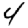
Digit: 4